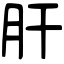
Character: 肝